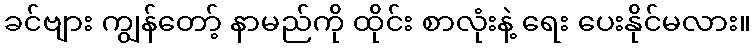
ခင်ဗျား ကျွန်တော့် နာမည်ကို ထိုင်း စာလုံးနဲ့ ရေး ပေးနိုင်မလား။